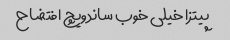
پیتزا خیلی خوب ساندویچ افتضاح